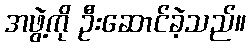
အဖွဲ့ကို ဦးဆောင်ခဲ့သည်။